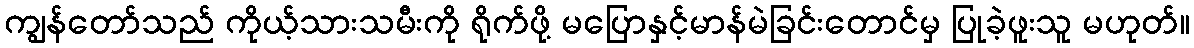
ကျွန်တော်သည် ကိုယ့်သားသမီးကို ရိုက်ဖို့ မပြောနှင့်မာန်မဲခြင်းတောင်မှ ပြုခဲ့ဖူးသူ မဟုတ်။